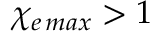
\chi _ { e \, m a x } > 1